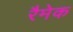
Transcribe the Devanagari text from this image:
रैमेक